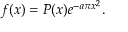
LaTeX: f ( x ) = P ( x ) e ^ { - a \pi x ^ { 2 } } .